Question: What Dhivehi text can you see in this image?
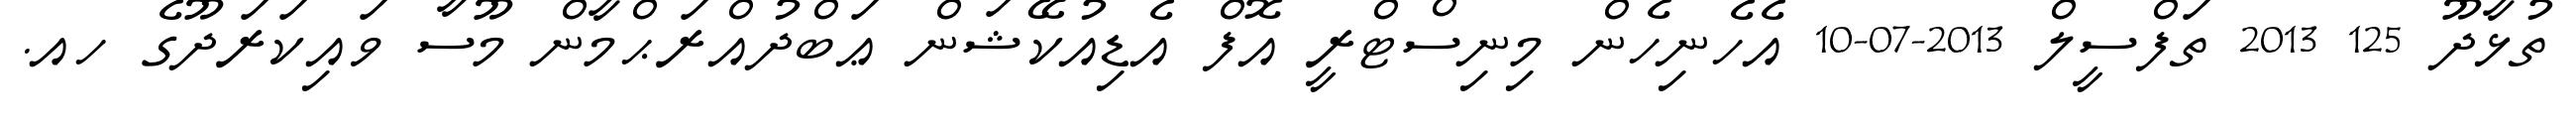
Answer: ތުޅާދޫ 125 2013 ތަފްސީލް 2013-07-10 އެހެނިހެން މިނިސްޓްރީ އޮފް އެޑިއުކޭޝަން ޢަބްދުއްރަޙްމާން މޫސާ ވައިކަރަދޫގެ ހއ.